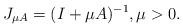
LaTeX: \begin{align*}J_{\mu A} = (I + \mu A )^{-1}, \mu > 0 .\end{align*}